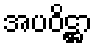
အပဝိဋ္ဌာ